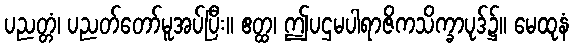
ပညတ္တံ၊ ပညတ်တော်မူအပ်ပြီး။ ဧတ္ထ၊ ဤပဌမပါရာဇိကသိက္ခာပုဒ်၌။ မေထုနံ